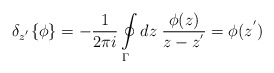
\begin{align*}{\delta}_{z^{'}}\{\phi\}=-\frac {1} {2\pi i}\oint\limits_{\Gamma}dz\; \frac {\phi(z)} {z-z^{'}}=\phi(z^{'})\end{align*}